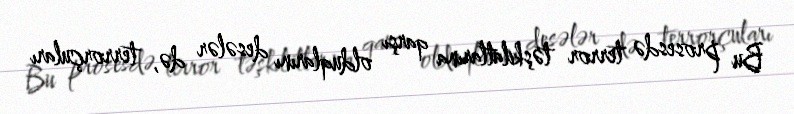
Bu prosesdə terror təşkilatlarına qarşı olduqlarını desələr də, terrorçuları